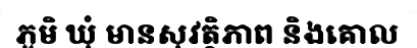
ភូមិ ឃុំ មានសុវត្ថិភាព និងគោល